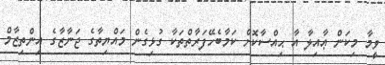
ވީމާ މިކަން ޢާއިލާ އާ ޙިއްސާކޮށް ކަމާބެހޭފަރާތްތަކާ ގުޅިގެން މައްޔިތާގެ ޖަނާޒާގެ އިންތިޒާމް